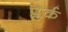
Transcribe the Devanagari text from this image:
प्लर्क